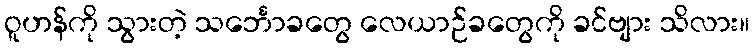
ဝူဟန်ကို သွားတဲ့ သင်္ဘောခတွေ လေယာဉ်ခတွေကို ခင်ဗျား သိလား။